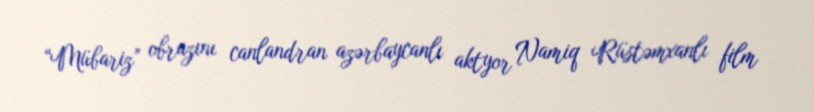
“Mübariz” obrazını canlandran azərbaycanlı aktyor Namiq Rüstəmxanlı film